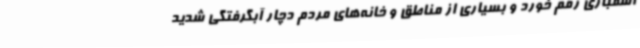
اسفباری رقم خورد و بسیاری از مناطق و خانه‌های مردم دچار آبگرفتگی شدید